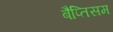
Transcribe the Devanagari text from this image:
बैप्तिसम